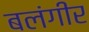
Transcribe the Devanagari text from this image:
बलंगीर